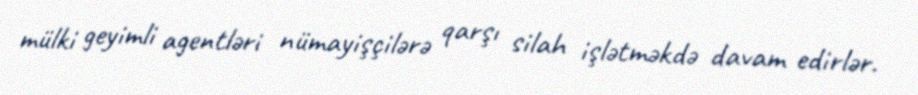
mülki geyimli agentləri nümayişçilərə qarşı silah işlətməkdə davam edirlər.